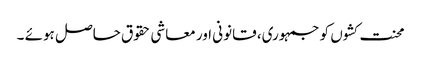
محنت کشوں کو جمہوری، قانونی اور معاشی حقوق حاصل ہوئے ۔